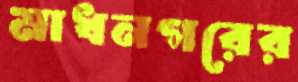
মাধনগরের